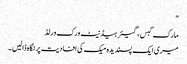
"
مارک گبس ، گیئر ہیڈنیٹ ورک ورلڈ
میری ایک پسندیدہ میک کی افادیت پر نگاہ ڈالیں۔